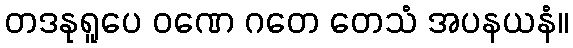
တဒနုရူပေ ဝဏေ ဂတေ တေသံ အပနယနံ။